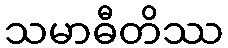
သမာဓီတိဿ